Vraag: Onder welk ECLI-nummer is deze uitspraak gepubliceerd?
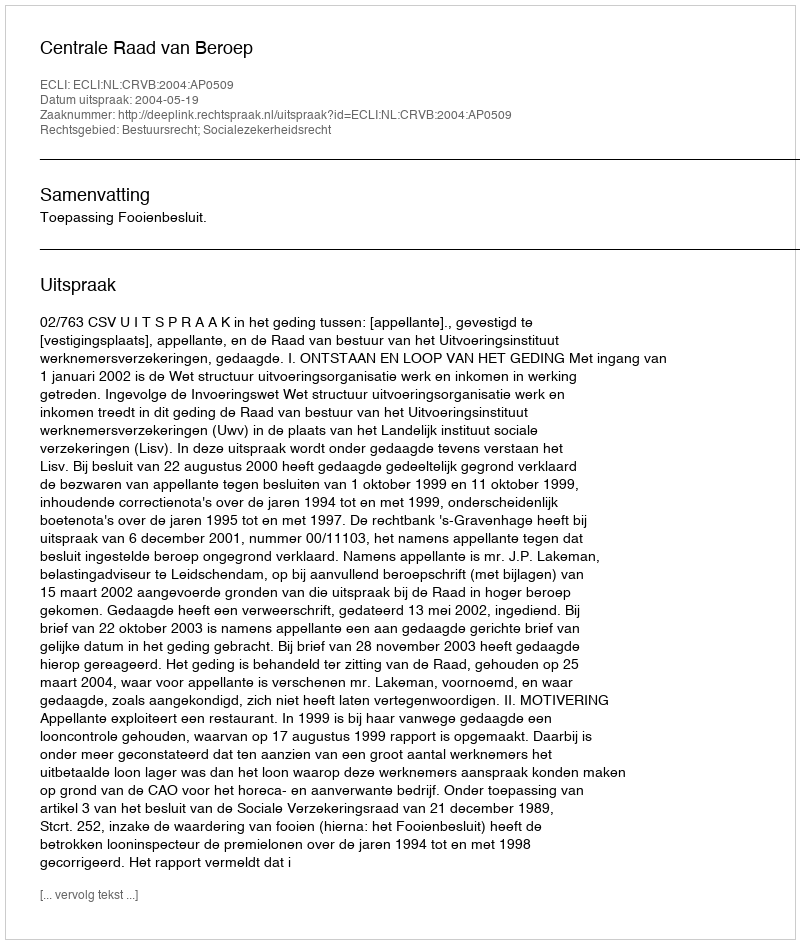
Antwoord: ECLI:NL:CRVB:2004:AP0509